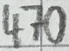
Text: 470